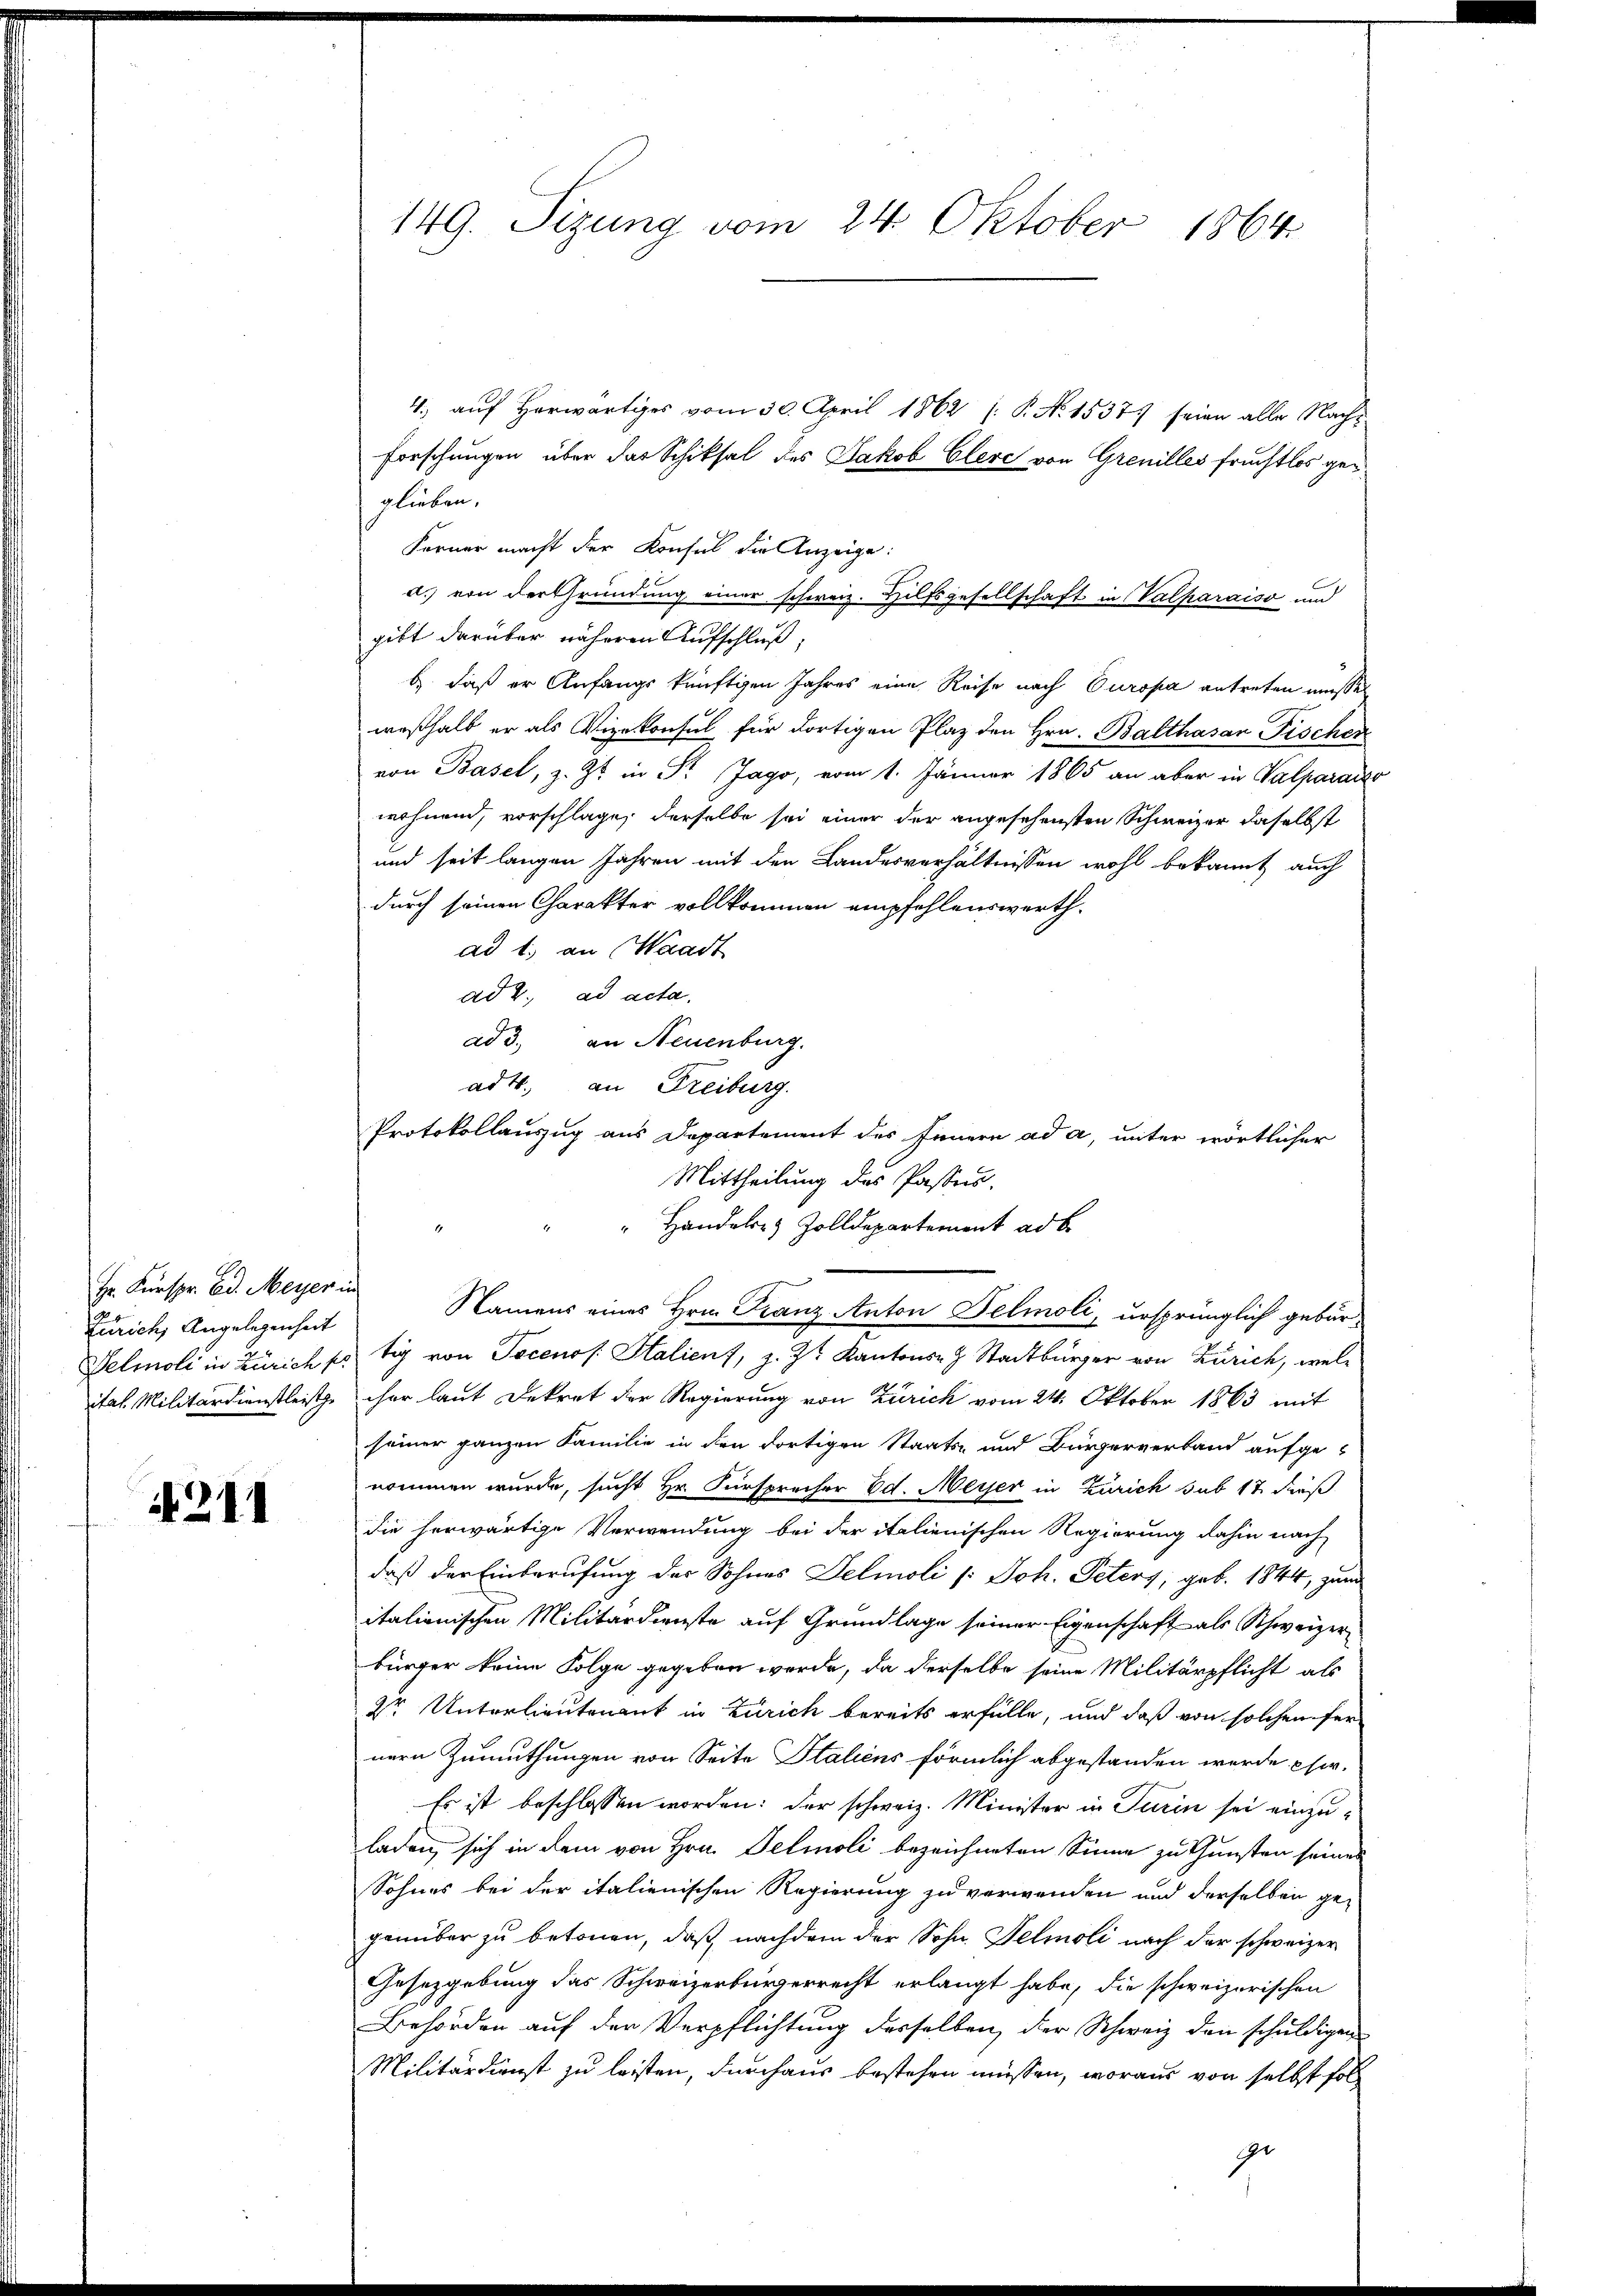
Hr. Kurspr. Ed. Meyer in
s
Zürich, Angelegenheit
ital. Militärdienstleiste

211

149. Sizung vom 24. Oktober 1864.

4., auf Horwärtiges vom 30. April 1862 (: P. No 1537) seien alle Nach¬
Forschungen über das Schiksal des Jakob Clere von Grenilles fruchtlos geglieben.
Ferner macht der Konsul die Anzeige:
d. von der Gründung einer schweiz. Hilfsgesellschaft in Valparaiso und
gibt darüber näheren Aufschluß,
b. daß er Anfangs künftigen Jahres eine Reise nach Europa antreten müssen
weßhalb er als Vizekonsul für dortigen Plaz den Hrn. Balthasan Fischer
von Basel, z. Zt. in St. Jago, vom 1. Jänner 1865 an aber in Valparaiso
wohnend, vorschlage, derselbe sei einer der angesehensten Schweizer daselbst
und seit langen Jahren mit den Landesverhältnissen wohl bekannt auch
durch seinen Charakter vollkommen empfehlenswerth-
ad 1. an Waadt
ad 2. ad acta.
ad 3. an Neuenburg.
ad 4. an Freiburg.
Protokollauszug aus Departement des Feuern ad a, unter wörtlicher
Mittheilung des Pastes.
" Handelsr. Zolldepartement ad b.
Namens eines Hrn. Franz Anton Delmoli, ursprünglich gebür¬
Velmoli in Zürich pr. bey von Tocenof. Stalien, z. Zt. Kantons Stadtbürger von Zürich, welcher laut Dekret der Regierung von Zürich vom 24. Oktober 1863 mit
seiner ganzen Familie in den dortigen Staats- und Bürgerverband aufgenommen wurde, sucht Hr. Fürsprecher Ed. Meyer in Zürich sub 17 dieß
die herwärtige Verwendung bei der italienischen Regierung dahin nach
daß der Einberufung des Sohnes Delmoli (: Joh. Peters, geb. 1844, zum
italienischen Militärdienste auf Grundlage seiner Eigenschaft als Schweizer-
bürger keine Folge gegeben werde, da derselbe seine Militärpflicht als
2r Unterlieutenant in Zürich bereits erfülle, und daß von solchen für
nern Zumuthungen von Seite Italiens förmlich abgestanden werde esw.
Es ist beschlossen worden: der schweiz. Minister in Turin sei einzuladen, sich in dem von Hrn. Detmoli bezeichneten Sinne zu Gunsten seines
Sohnes bei der italienischen Regierung zu verwenden und derselben ge-
genüber zu betonen, daß nachdem der Sohn Selmoli nach der schweizer
Gesetzgebung das Schweizerbürgerrecht erlangt habe, die schweizerischen
Behörden auf der Verpflichtung desselben, der Schweiz den schuldigen
Militärdienst zu leisten, durchaus bestehen müssen, woraus von selbst fol
ge